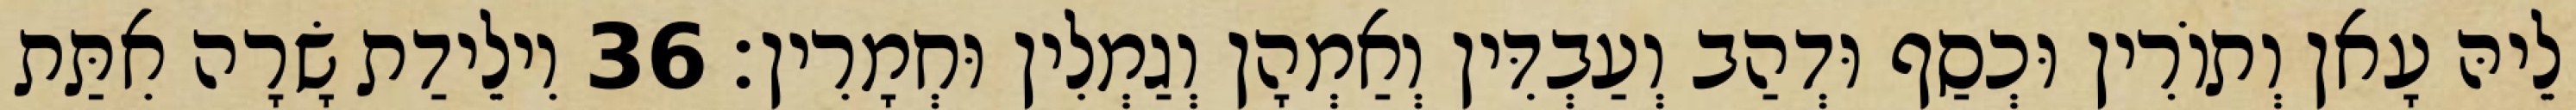
לֵיהּ עָאן וְתוֹרִין וּכְסַף וּדְהַב וְעַבְדִּין וְאַמְהָן וְגַמְלִין וּחְמָרִין׃ 36 וִילֵידַת שָׂרָה אִתַּת